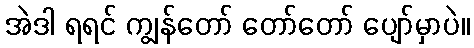
အဲဒါ ရရင် ကျွန်တော် တော်တော် ပျော်မှာပဲ။